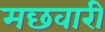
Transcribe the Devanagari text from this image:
मछवारी